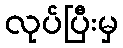
လုပ်ပြီးမှ